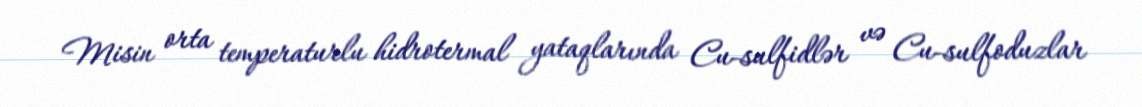
Misin orta temperaturlu hidrotermal yataqlarında Cu-sulfidlər və Cu-sulfoduzlar